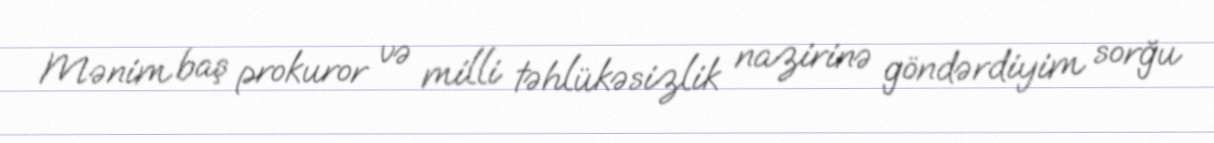
Mənim baş prokuror və milli təhlükəsizlik nazirinə göndərdiyim sorğu